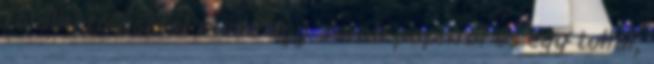
található asztal mellé egy darab papírral és egy tollal,